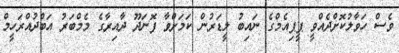
ވެސް ހަވާލުކޮށްދެއްވީ ޕީޕިއެމްގެ ނައިބު ލީޑަރުން ކަމަށްވާ ފޮނަދޫ ދާއިރާގެ މެމްބަރު އަބްދުއްރަހީމް